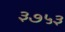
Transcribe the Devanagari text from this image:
३७५३